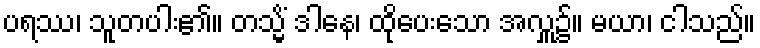
ပရဿ၊ သူတပါး၏။ တသ္မိံ ဒါနေ၊ ထိုပေးသော အလှူ၌။ မယာ၊ ငါသည်။